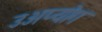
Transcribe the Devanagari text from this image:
उअप्योग